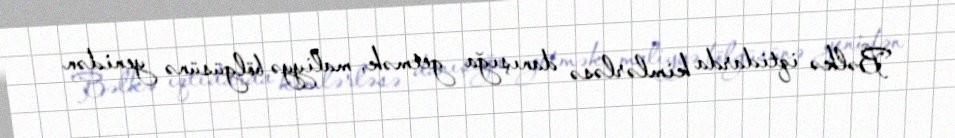
Bəlkə iqtidarda kimlərləsə danışığa getmək, maliyyə bölgüsünə yenidən